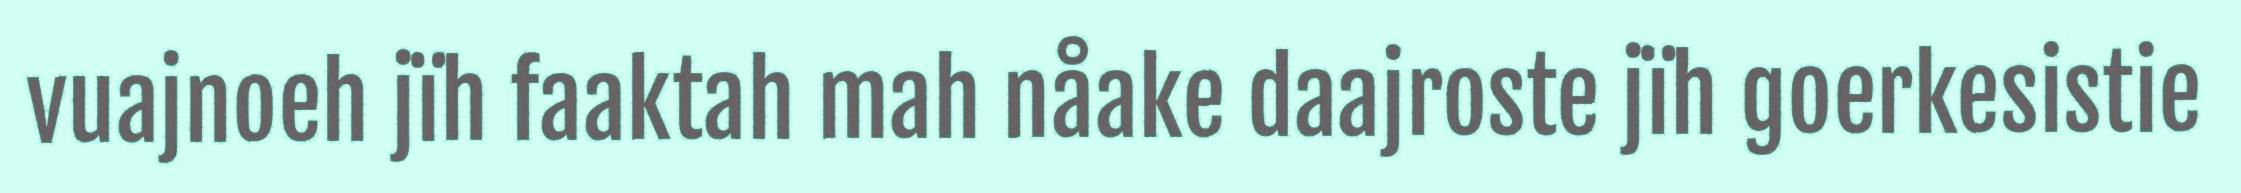
vuajnoeh jïh faaktah mah nåake daajroste jïh goerkesistie